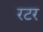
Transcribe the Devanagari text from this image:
रटर